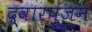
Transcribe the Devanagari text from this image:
द्वारपूजन